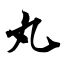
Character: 丸